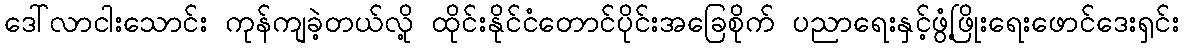
ဒေါ်လာငါးသောင်း ကုန်ကျခဲ့တယ်လို့ ထိုင်းနိုင်ငံတောင်ပိုင်းအခြေစိုက် ပညာရေးနှင့်ဖွံ့ဖြိုးရေးဖောင်ဒေးရှင်း